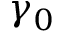
\gamma _ { 0 }